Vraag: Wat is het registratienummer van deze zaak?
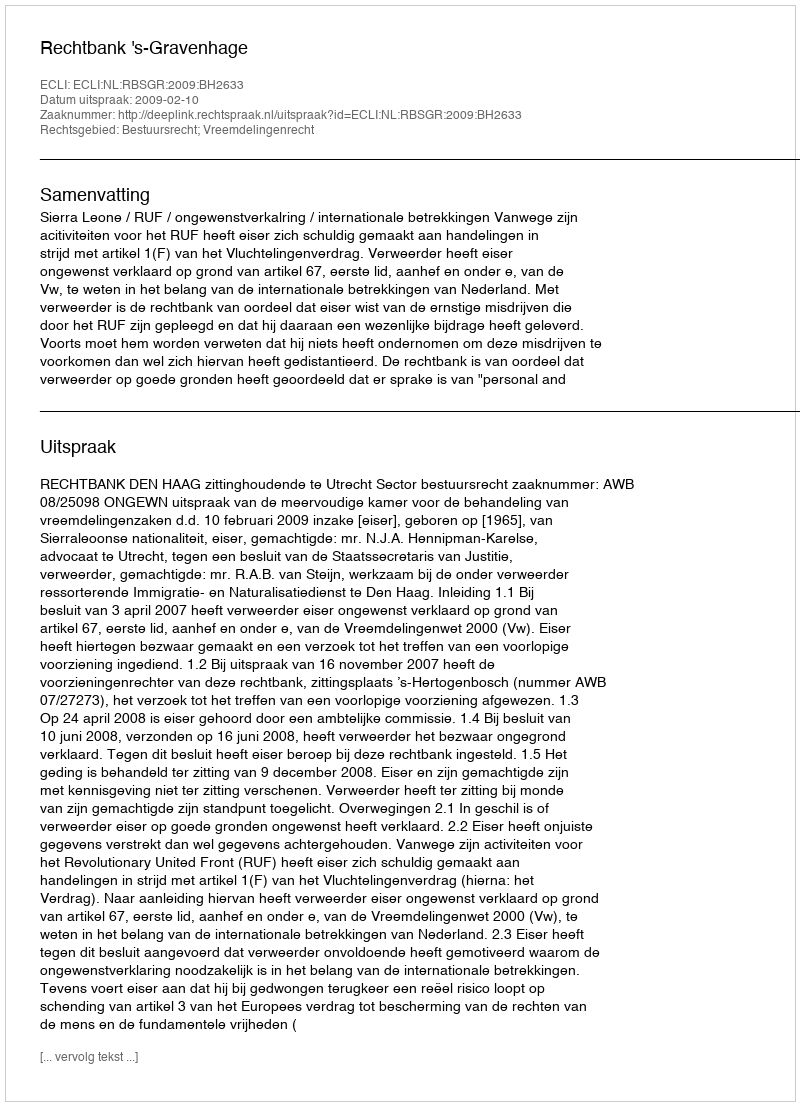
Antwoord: http://deeplink.rechtspraak.nl/uitspraak?id=ECLI:NL:RBSGR:2009:BH2633